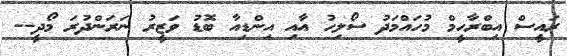
ރައީސް އިބްރާހީމް މުހައްމަދު ސޯލިހު އާއި އިންޑިއާ ބޮޑު ވަޒީރު ނަރަންދުރަ މޯދީ--